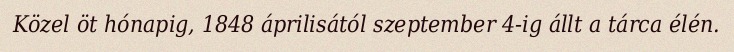
Közel öt hónapig, 1848 áprilisától szeptember 4-ig állt a tárca élén.